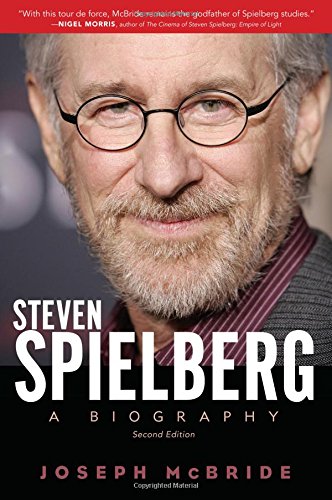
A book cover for Steven Spielberg: A Biography, Second Edition; Joseph McBride; Biographies & Memoirs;